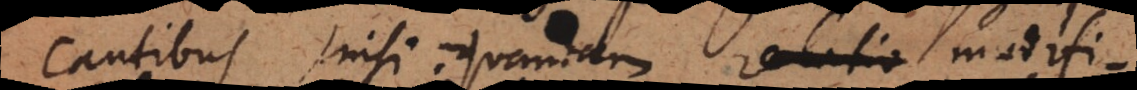
cantibus, nisi quandam relatio modifi